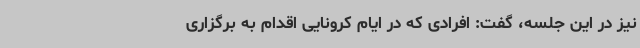
نیز در این جلسه، گفت: افرادی که در ایام کرونایی اقدام به برگزاری